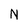
Character: N